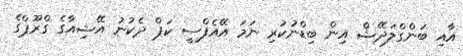
އާއި ބަންގްލަދޭޝް އިން ބިޑްނުކުރި ނަމަ އޭއެފްސީ ކަޕް ދެކުނު އޭޝިއާގެ ގްރޫޕްގެ